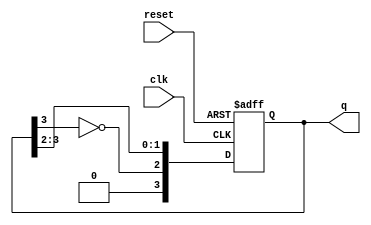
module johnson_counter #(
    parameter N = 4  // Number of flip-flops
) (
    input wire clk,      // Clock input
    input wire reset,    // Asynchronous reset input
    output reg [N-1:0] q // Counter output
);

    always @(posedge clk or posedge reset) begin
        if (reset) begin
            q <= 0;  // Reset state to 000...0
        end else begin
            q <= {~q[N-1], q[N-1:N-2]};  // Shift and invert the last flip-flop
        end
    end

endmodule